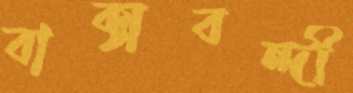
বাক্‌সবন্দী